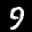
Label: 9